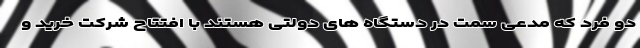
دو فرد که مدعی سمت در دستگاه های دولتی هستند با افتتاح شرکت خرید و